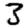
Digit: 3